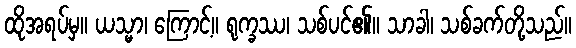
ထိုအရပ်မှ။ ယသ္မာ၊ ကြောင့်။ ရုက္ခဿ၊ သစ်ပင်၏။ သာခါ၊ သစ်ခက်တို့သည်။